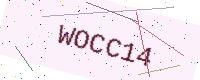
Text: WOCC14